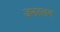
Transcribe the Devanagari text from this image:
जनरलन